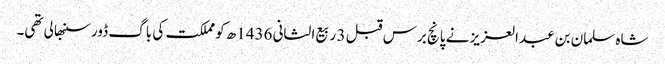
شاہ سلمان بن عبدالعزیز نے پانچ برس قبل 3 ربیع الثانی 1436ھ کو مملکت کی باگ ڈور سنبھالی تھی۔